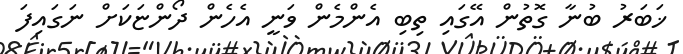
ޚަބަރު ބުނާ ގޮތުން އޭގައި ތިބި އެންމެން ވަނީ އެހެން ދޯންޏަކަށް ނަގައިފަ